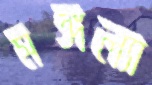
মঙ্গল্যা